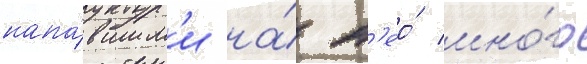
напа́вшим'и на́ н'ео́ мно́го